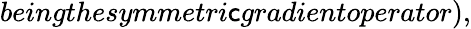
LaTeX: beingthesymmetri\mathsf{c}gradientoperator),